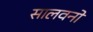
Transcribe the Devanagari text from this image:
सालवनो